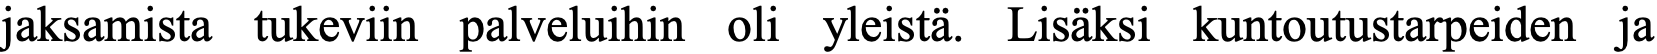
jaksamista tukeviin palveluihin oli yleistä. Lisäksi kuntoutustarpeiden ja